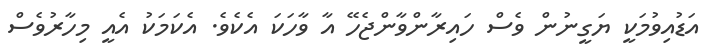
އަޑުއިވުމަކީ ޔަގީނުން ވެސް ހައިރާންވާންޖެހޭ އާ ވާހަކަ އެކެވެ. އެކަމަކު އެއީ މިހާރުވެސް